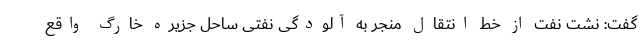
گفت: نشت نفت از خط انتقال منجر به آلودگی نفتی ساحل جزیره خارگ واقع